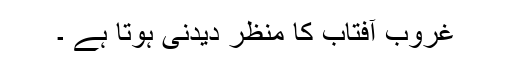
غروب آفتاب کا منظر دیدنی ہوتا ہے ۔